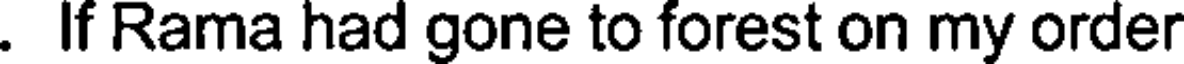
. If Rama had gone to forest on my order